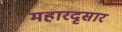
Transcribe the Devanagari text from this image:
महारदृसार